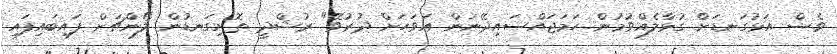
ވެސް އަޅުގަނޑަށް ގުޅާލެއްވުމުން ހަމަޖައްސައިދޭނަން އަވަހަށް ދުރުވޭ" ރުޝްދީ ތޮށިގަނޑުން ލޯންޗަށް ފައިބައިފައި